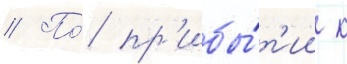
// По́ пр'ибы́т'ии к